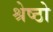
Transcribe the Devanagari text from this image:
श्रेष्ठो